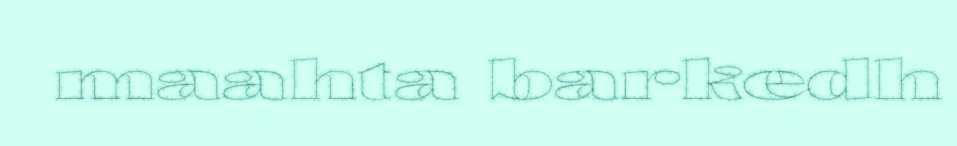
maahta barkedh